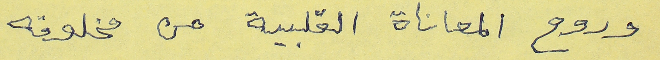
وروح المعاناة القلبية من مخلوقه